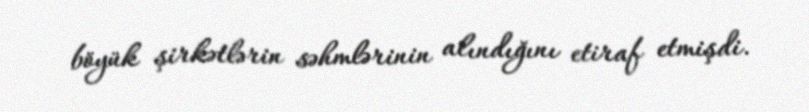
böyük şirkətlərin səhmlərinin alındığını etiraf etmişdi.